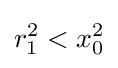
r_{1}^{2}<x_{0}^{2}